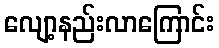
လျော့နည်းလာကြောင်း